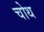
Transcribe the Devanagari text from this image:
चोथ